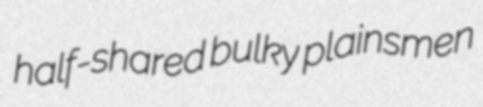
half-shared bulky plainsmen